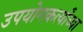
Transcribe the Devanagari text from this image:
उपयोगकर्त्यांच्या